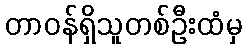
တာဝန်ရှိသူတစ်ဦးထံမှ